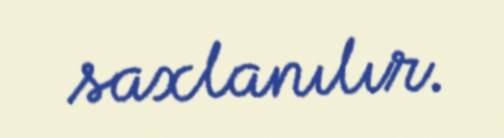
saxlanılır.